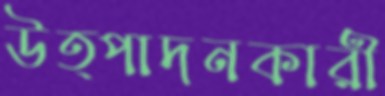
উত্পাদনকারী